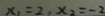
x _ { 1 } = 2 , x _ { 2 } = - 2